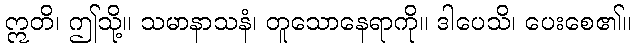
ဣတိ၊ ဤသို့။ သမာနာသနံ၊ တူသောနေရာကို။ ဒါပေသိ၊ ပေးစေ၏။